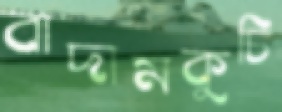
বাদামকুচি